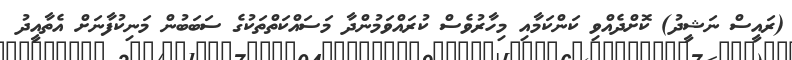
(ރައީސް ނަޝީދު) ކޮށްދެއްވި ކަންކަމާއި މިހާރުވެސް ކުރައްވަމުންދާ މަސައްކަތްތަކުގެ ސަބަބުން މަނިކުފާނަށް އެތާއީދު